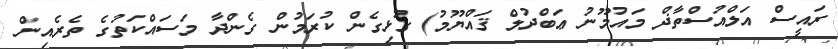
ރައީސް އަލްއުސްތާޛް މައުމޫނު ޢަބްދުލް ޤައްޔޫމު) ގުޅިގެން ކުރަމުން ގެންދާ މަސައްކަތުގެ ތެރެއިން